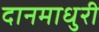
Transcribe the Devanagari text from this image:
दानमाधुरी